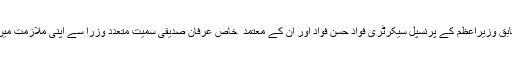
حقیقت یہ ہے کہ اُنہوں نے سابق وزیراعظم کے پرنسپل سیکرٹری فواد حسن فواد اور ان کے معتمد ِ خاص عرفان صدیقی سمیت متعدد وزرا سے اپنی ملازمت میں توسیع کی سفارشیں کروائیں۔